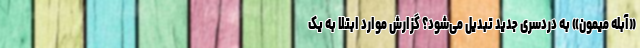
«آبله میمون» به دردسری جدید تبدیل می‌شود؟ گزارش موارد ابتلا به یک